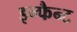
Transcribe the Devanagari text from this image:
इन्फैन्ट